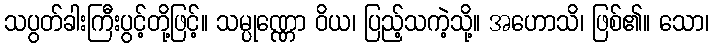
သပွတ်ခါးကြီးပွင့်တို့ဖြင့်။ သမ္ပုဏ္ဏော ဝိယ၊ ပြည့်သကဲ့သို့။ အဟောသိ၊ ဖြစ်၏။ သော၊